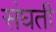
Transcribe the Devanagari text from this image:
संघती